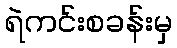
ရဲကင်းစခန်းမှ